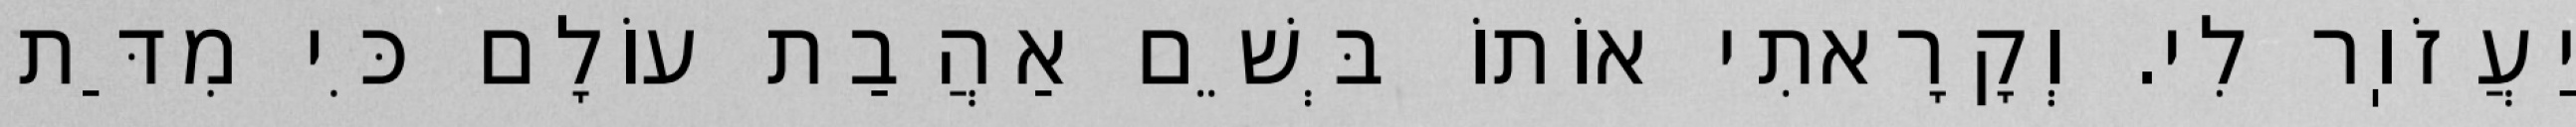
יַעֲזֹוֽר לִי. וְקָרָאתִי אוֹתוֹ בְּשֵׁם אַהֲבַת עוֹלָם כִּי מִדַּת